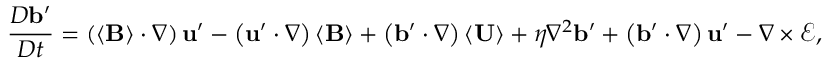
\frac { D \mathbf { b } ^ { \prime } } { D t } = \left( \left\langle \mathbf { B } \right\rangle \cdot \nabla \right) \mathbf { u } ^ { \prime } - \left( \mathbf { u } ^ { \prime } \cdot \nabla \right) \left\langle \mathbf { B } \right\rangle + \left( \mathbf { b } ^ { \prime } \cdot \nabla \right) \left\langle \mathbf { U } \right\rangle + \eta \nabla ^ { 2 } \mathbf { b } ^ { \prime } + \left( \mathbf { b } ^ { \prime } \cdot \nabla \right) \mathbf { u } ^ { \prime } - \nabla \times \boldsymbol { \mathcal { E } } ,